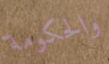
والحكومة